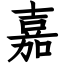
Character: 嘉